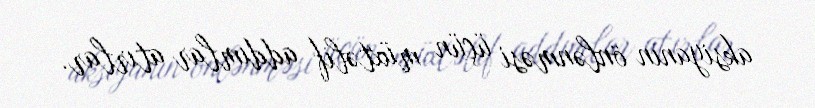
aksiyanın önlənməsi üçün müxtəlif addımlar atırlar.